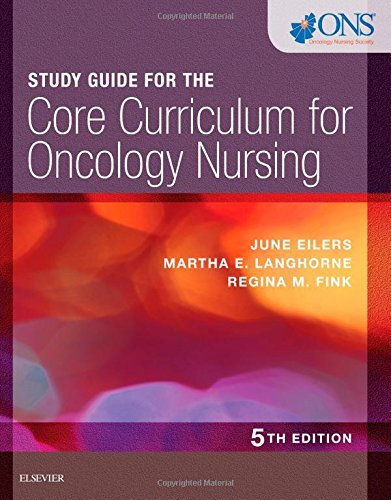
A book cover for Study Guide for the Core Curriculum for Oncology Nursing, 5e; ONS; Medical Books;